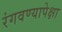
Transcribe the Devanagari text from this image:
रंगवण्यापेक्षा